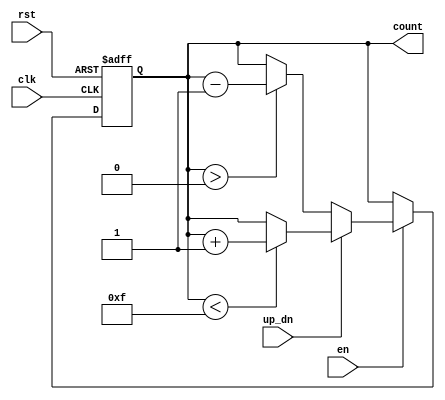
module up_down_counter (
    input wire clk,          // Clock input
    input wire en,          // Enable input
    input wire up_dn,       // Up/Down control input
    input wire rst,         // Asynchronous reset input
    output reg [3:0] count  // 4-bit count output
);

    // Asynchronous reset and counting logic
    always @(posedge clk or posedge rst) begin
        if (rst) begin
            count <= 4'b0000; // Reset count to 0
        end else if (en) begin
            if (up_dn) begin
                // Increment count, with overflow handling
                if (count < 4'b1111) begin
                    count <= count + 1;
                end
            end else begin
                // Decrement count, with underflow handling
                if (count > 4'b0000) begin
                    count <= count - 1;
                end
            end
        end
    end

endmodule